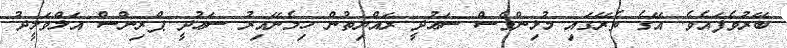
ބޭރުވެފައެވެ. އޭގެ ތެރޭގައި މުޅިންވެސް ސަޢުދީ ރައްޔިތުން ހިމެނޭއިރު ސަޢުދީ ޕްރިންސް އަލްވަލީދު